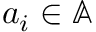
\boldsymbol { a } _ { i } \in \mathbb { A }